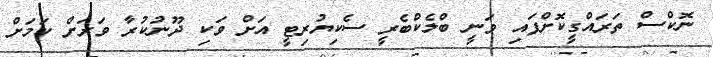
ނޮކްސް ތަރައްގީކޮށްފައި ވަނީ ބްލެކްބެރީ ސެކިޔުރިޓީ އަށް ވަކި ދޫނުކުރާ ވަރަށް ކަމަށް